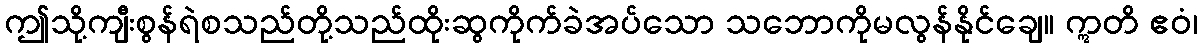
ဤသို့ကျီးစွန်ရဲစသည်တို့သည်ထိုးဆွကိုက်ခဲအပ်သော သဘောကိုမလွန်နိုင်ချေ။ ဣတိ ဧဝံ၊